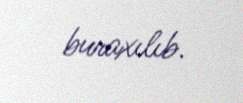
buraxılıb.